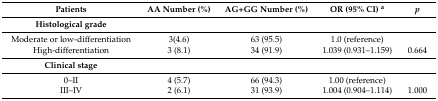
| Patients | AA Number (%) | AG+GG Number (%) | OR (95% CI) a | p |
 | --- | --- | --- | --- | --- |
 | Histological grade |  |  |  |  |
 | Moderate or low-differentiation | 3(4.6) | 63 (95.5) | 1.0 (reference) |  |
 | High-differentiation | 3 (8.1) | 34 (91.9) | 1.039 (0.931–1.159) | 0.664 |
 | Clinical stage |  |  |  |  |
 | 0–II | 4 (5.7) | 66 (94.3) | 1.00 (reference) |  |
 | III–IV | 2 (6.1) | 31 (93.9) | 1.004 (0.904–1.114) | 1.000 |